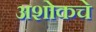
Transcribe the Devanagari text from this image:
अशोकचे